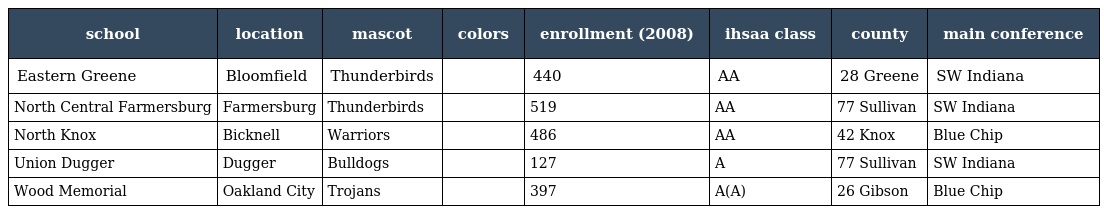
| school | location | mascot | colors | enrollment (2008) | ihsaa class | county | main conference |
 | --- | --- | --- | --- | --- | --- | --- | --- |
 | Eastern Greene | Bloomfield | Thunderbirds |  | 440 | AA | 28 Greene | SW Indiana |
 | North Central Farmersburg | Farmersburg | Thunderbirds |  | 519 | AA | 77 Sullivan | SW Indiana |
 | North Knox | Bicknell | Warriors |  | 486 | AA | 42 Knox | Blue Chip |
 | Union Dugger | Dugger | Bulldogs |  | 127 | A | 77 Sullivan | SW Indiana |
 | Wood Memorial | Oakland City | Trojans |  | 397 | A(A) | 26 Gibson | Blue Chip |